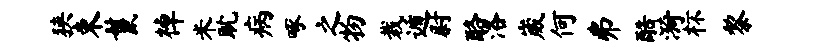
狭束鬣棹米耽病啄之物栽遁尉酪洛崴何弗酷漪杯黎